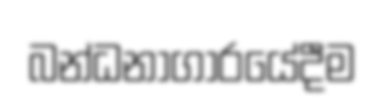
බන්ධනාගාරයේදීම